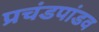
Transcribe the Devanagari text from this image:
प्रचंडपांडव